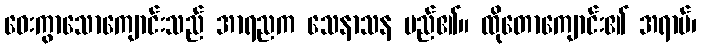
ဝေးကွာသောကျောင်းသည် အာရညက သေနာသန မည်၏။ ထိုတောကျောင်း၏ အရာမ်၊